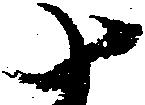
十